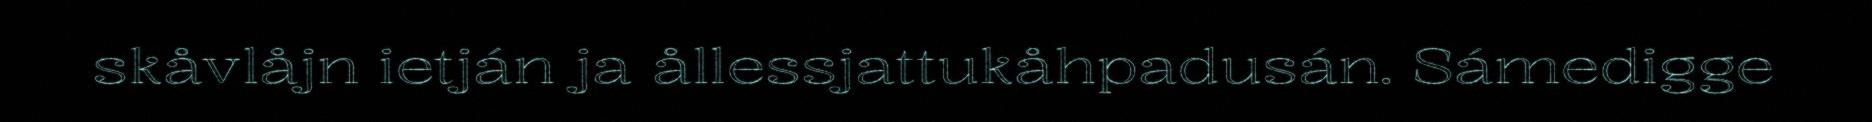
skåvlåjn ietján ja ållessjattukåhpadusán. Sámedigge